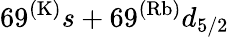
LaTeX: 69^{(\mathrm{K)}}s+69^{(\mathrm{Rb)}}d_{5/2}